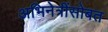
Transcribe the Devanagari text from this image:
अभिनेत्रींसोबत